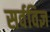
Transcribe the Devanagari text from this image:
सर्वविज्ञ